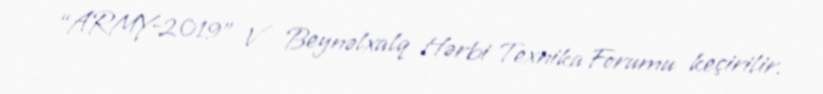
“ARMY-2019” V Beynəlxalq Hərbi Texnika Forumu keçirilir.